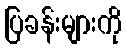
ပြခန်းများကို